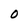
Character: O